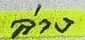
ล่าง